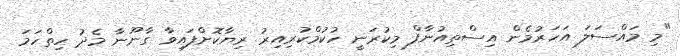
"މި މައްސަލަ އަހަރުމެން އިސްތިއުނާފް މިކުރަނީ ހުކުމްކުރިއިރު ރިޔާކޮށްފައިވާ ގާނޫނާ މެދު ހިތްހަމަ